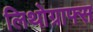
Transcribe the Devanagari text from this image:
लिथोग्राफ्स